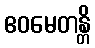
ဧဝမေတန္တိ